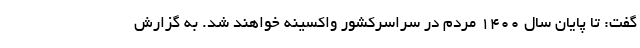
گفت: تا پایان سال ۱۴۰۰ مردم در سراسرکشور واکسینه خواهند شد. به گزارش